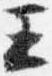
王